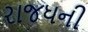
રાજધની